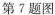
第7题图